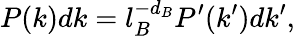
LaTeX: P(k)dk=l_{B}^{-d_{B}}P^{\prime}(k^{\prime})dk^{\prime},